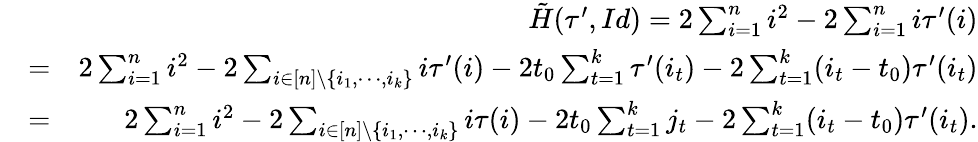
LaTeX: \begin{array}{rlr}&{}&{\tilde{H}(\tau^{\prime},Id)=2\sum_{i=1}^{n}i^{2}-2\sum_{i=1}^{n}i\tau^{\prime}(i)}\\ &{=}&{2\sum_{i=1}^{n}i^{2}-2\sum_{i\in[n]\backslash\{ i_{1},\cdots,i_{k}\} }i\tau^{\prime}(i)-2t_{0}\sum_{t=1}^{k}\tau^{\prime}(i_{t})-2\sum_{t=1}^{k}(i_{t}-t_{0})\tau^{\prime}(i_{t})}\\ &{=}&{2\sum_{i=1}^{n}i^{2}-2\sum_{i\in[n]\backslash\{ i_{1},\cdots,i_{k}\} }i\tau(i)-2t_{0}\sum_{t=1}^{k}j_{t}-2\sum_{t=1}^{k}(i_{t}-t_{0})\tau^{\prime}(i_{t}).}\end{array}